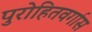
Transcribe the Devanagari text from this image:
पुरोहितवर्गास